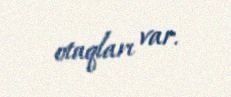
otaqları var.